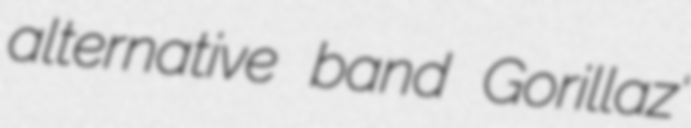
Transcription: alternative band Gorillaz'